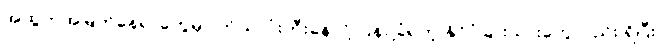
အထွတ်အမြတ်နေရာတွေမှာ ကိုယ်လုံးတီးနေလို့ ပြန်ပို့ခံရတဲ့ နိုင်ငံခြားသားတွေလည်း ရှိပြီး